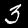
Label: 3